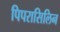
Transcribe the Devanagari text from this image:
पिपरासिलिन